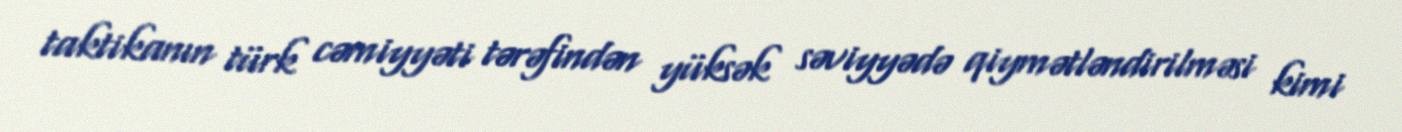
taktikanın türk cəmiyyəti tərəfindən yüksək səviyyədə qiymətləndirilməsi kimi